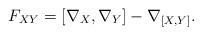
LaTeX: \begin{align*}F_{XY}=[\nabla _{X},\nabla _{Y}]-\nabla _{[X,Y]}.\end{align*}